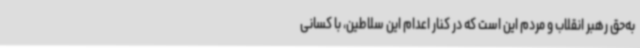
به‌حق رهبر انقلاب و مردم این است که در کنار اعدام این سلاطین، با کسانی